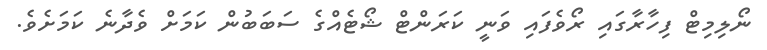
ނޯލިމިޓް ފިހާރާގައި ރޯވެފައި ވަނީ ކަރަންޓް ޝޯޓެއްގެ ސަބަބުން ކަމަށް ވެދާނެ ކަމަށެވެ.